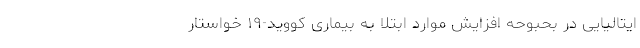
ایتالیایی در بحبوحه افزایش موارد ابتلا به بیماری کووید-۱۹ خواستار